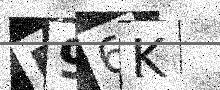
Text: R96K